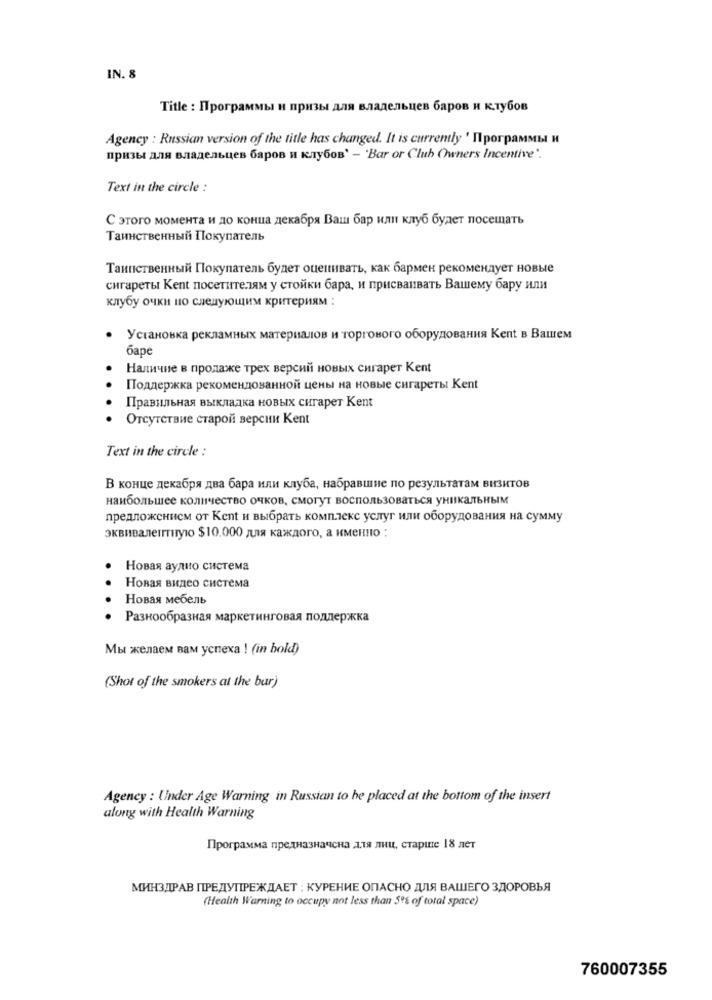
IN. 8
Title : Программы и призы для владельцев баров и клубов
Agency : Russian version of the title has changed. It is currently ' IlporpamMbI H
призы для владельцев баров и клубов' - 'Bar or Cluh Owners Incentive".
Text in the circle :
С этого момента и до конца декабря Ваш бар или клуб будет посещать
Таинственный Покупатель
Таинственный Покупатель будет оценивать, как бармен рекомендует новые
сигареты Kent посетителям у стойки бара, и присваивать Вашему бару или
клубу очки по следующим критериям :
Установка рекламных материалов и торгового оборудования Kent в Вашем
баре
Наличие в продаже трех версий новых сигарет Kent
Поддержка рекомендованной цены на новые сигареты Kent
Правильная выкладка новых сигарет Kent
Отсутствие старой версии Kent
Text in the circle :
В конце декабря два бара или клуба, набравшие по результатам визитов
наибольшее количество очков, смогут воспользоваться уникальным
предложением от Kent и выбрать комплекс услуг или оборудования на сумму
эквивалентную $10.000 для каждого, а именно :
Новая аудио система
Новая видео система
Новая мебель
Разнообразная маркетинговая поддержка
Мы желаем вам успеха ! (in bold)
(Shot of the smokers at the bur)
Agency : Under Age Warning in Russian to be placed at the bottom of the insert
along with Health Warning
Программа предназначена для лиц, старше 18 лет
МИНЗДРАВ ПРЕДУПРЕЖДАЕТ : КУРЕНИЕ ОПАСНО ДЛЯ ВАШЕГО ЗДОРОВЬЯ
(Health Warning to occupy not less than 5% of total space)
760007355